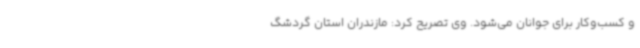
و کسب‌وکار برای جوانان می‌شود. وی تصریح کرد: مازندران استان گردشگ